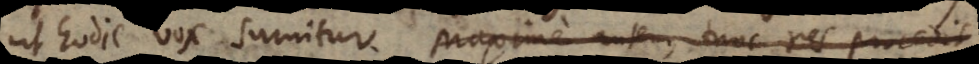
ut hodie vox sumitur. Maxime autem, tunc res procedit